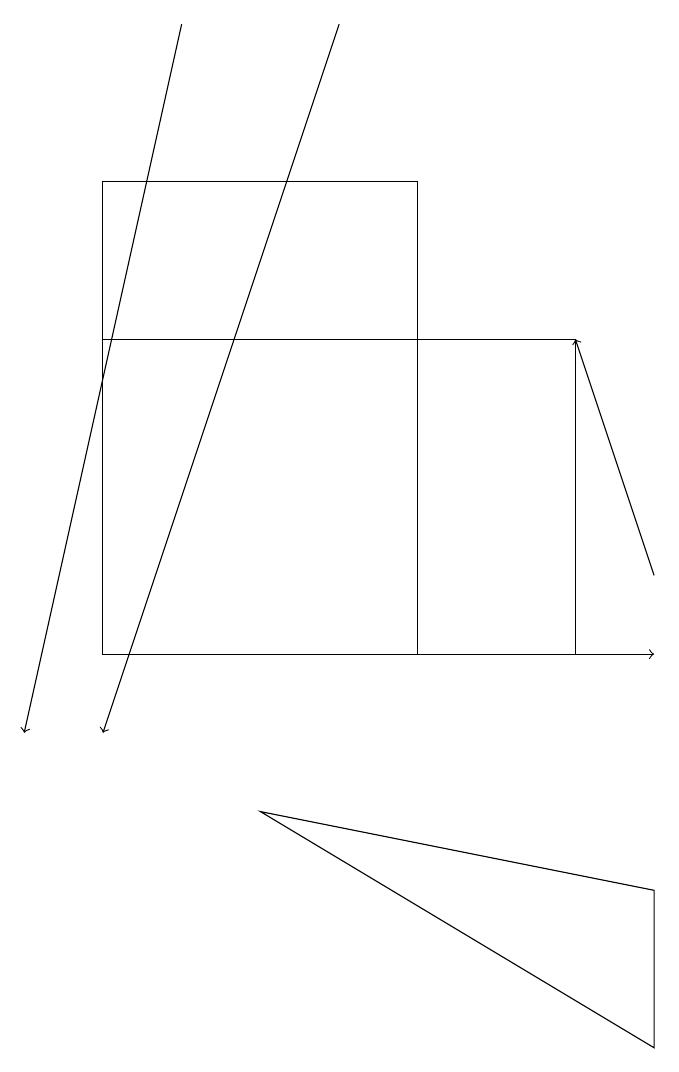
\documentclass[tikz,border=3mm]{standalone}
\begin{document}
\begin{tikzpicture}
\draw (6,11) rectangle (2,17);
\draw (2,15) rectangle (8,11);
\draw (9,6) -- (9,8) -- (4,9) -- cycle;
\draw[->] (3,19) -- (1,10);
\draw[->] (9,12) -- (8,15);
\draw[->] (4,11) -- (9,11);
\draw[->] (5,19) -- (2,10);
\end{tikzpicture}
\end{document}